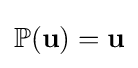
\mathbb {P} (\mathbf {u} )=\mathbf {u}